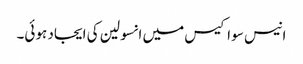
انیس سو اکیس میں انسولین کی ایجاد ہوئی۔